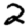
Digit: 2